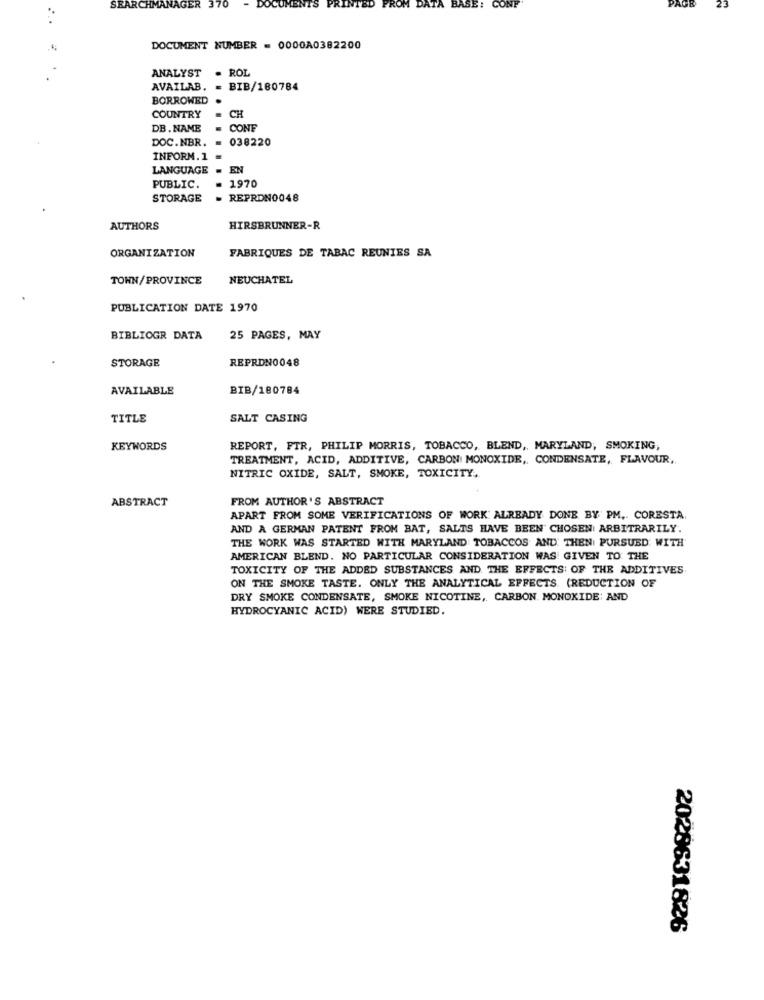
AGE
SEARCHMANAGER 370
- DOCUMENTS
ITED
FROM
ATA BASE:
CONF
23
DOCUMENT NUMBER = 0000A0382200
ANALYST . ROL
AVAILAB. = BIB/180784
BORROWED
COUNTRY
CH
DB. NAME
CONF
DOC.NBR.
038220
INFORM. 1
LANGUAGE - EN
= 1970
PUBLIC.
STORAGE
- REPRON0048
AUTHORS
HIRSBRUNNER-R
ORGANIZATION
FABRIQUES DE TABAC REUNIES SA
TONN/PROVINCE
NEUCHATEL
PUBLICATION DATE 1970
BIBLIOGR DATA
25 PAGES, MAY
STORAGE
REPRDN0048
AVAILABLE
BIB/180784
TITLE
SALT CASING
KEYWORDS
REPORT, FTR, PHILIP MORRIS, TOBACCO, BLEND ,, MARYLAND, SMOKING,
TREATMENT, ACID, ADDITIVE, CARBON MONOXIDE, CONDENSATE, FLAVOUR,
NITRIC OXIDE, SALT, SMOKE, TOXICITY,
ABSTRACT
FROM AUTHOR 'S ABSTRACT
APART FROM SOME VERIFICATIONS OF WORK ALREADY DONE BY PM, CORESTA.
AND A GERMAN PATENT FROM BAT, SALTS HAVE BEEN CHOSEN ARBITRARILY.
THE WORK WAS STARTED WITH MARYLAND TOBACCOS AND THENI PURSUED WITH
AMERICAN BLEND. NO PARTICULAR CONSIDERATION WAS GIVEN TO THE
TOXICITY OF THE ADDED SUBSTANCES AND THE EFFECTS OF THE ADDITIVES
ON THE SMOKE TASTE. ONLY THE ANALYTICAL EFFECTS. (REDUCTION OF
DRY SMOKE CONDENSATE, SMOKE NICOTINE, CARBON MONOXIDE: AND
HYDROCYANIC ACID) WERE STUDIED.
2028631826